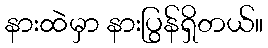
နားထဲမှာ နားပြွန်ရှိတယ်။